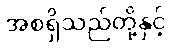
အစရှိသည်တို့နှင့်